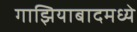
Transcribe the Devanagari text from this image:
गाझियाबादमध्ये